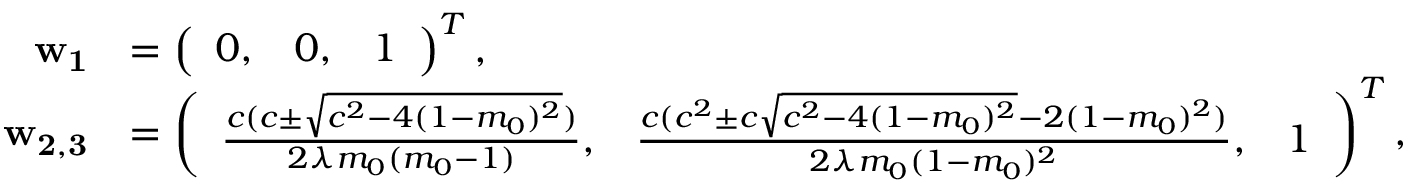
\begin{array} { r l } { \mathbf { w _ { 1 } } } & { = \left( \begin{array} { l l l } { 0 , } & { 0 , } & { 1 } \end{array} \right) ^ { T } , } \\ { \mathbf { w _ { 2 , 3 } } } & { = \left( \begin{array} { l l l } { \frac { c ( c \pm \sqrt { c ^ { 2 } - 4 ( 1 - m _ { 0 } ) ^ { 2 } } ) } { 2 \lambda m _ { 0 } ( m _ { 0 } - 1 ) } , } & { \frac { c ( c ^ { 2 } \pm c \sqrt { c ^ { 2 } - 4 ( 1 - m _ { 0 } ) ^ { 2 } } - 2 ( 1 - m _ { 0 } ) ^ { 2 } ) } { 2 \lambda m _ { 0 } ( 1 - m _ { 0 } ) ^ { 2 } } , } & { 1 } \end{array} \right) ^ { T } , } \end{array}